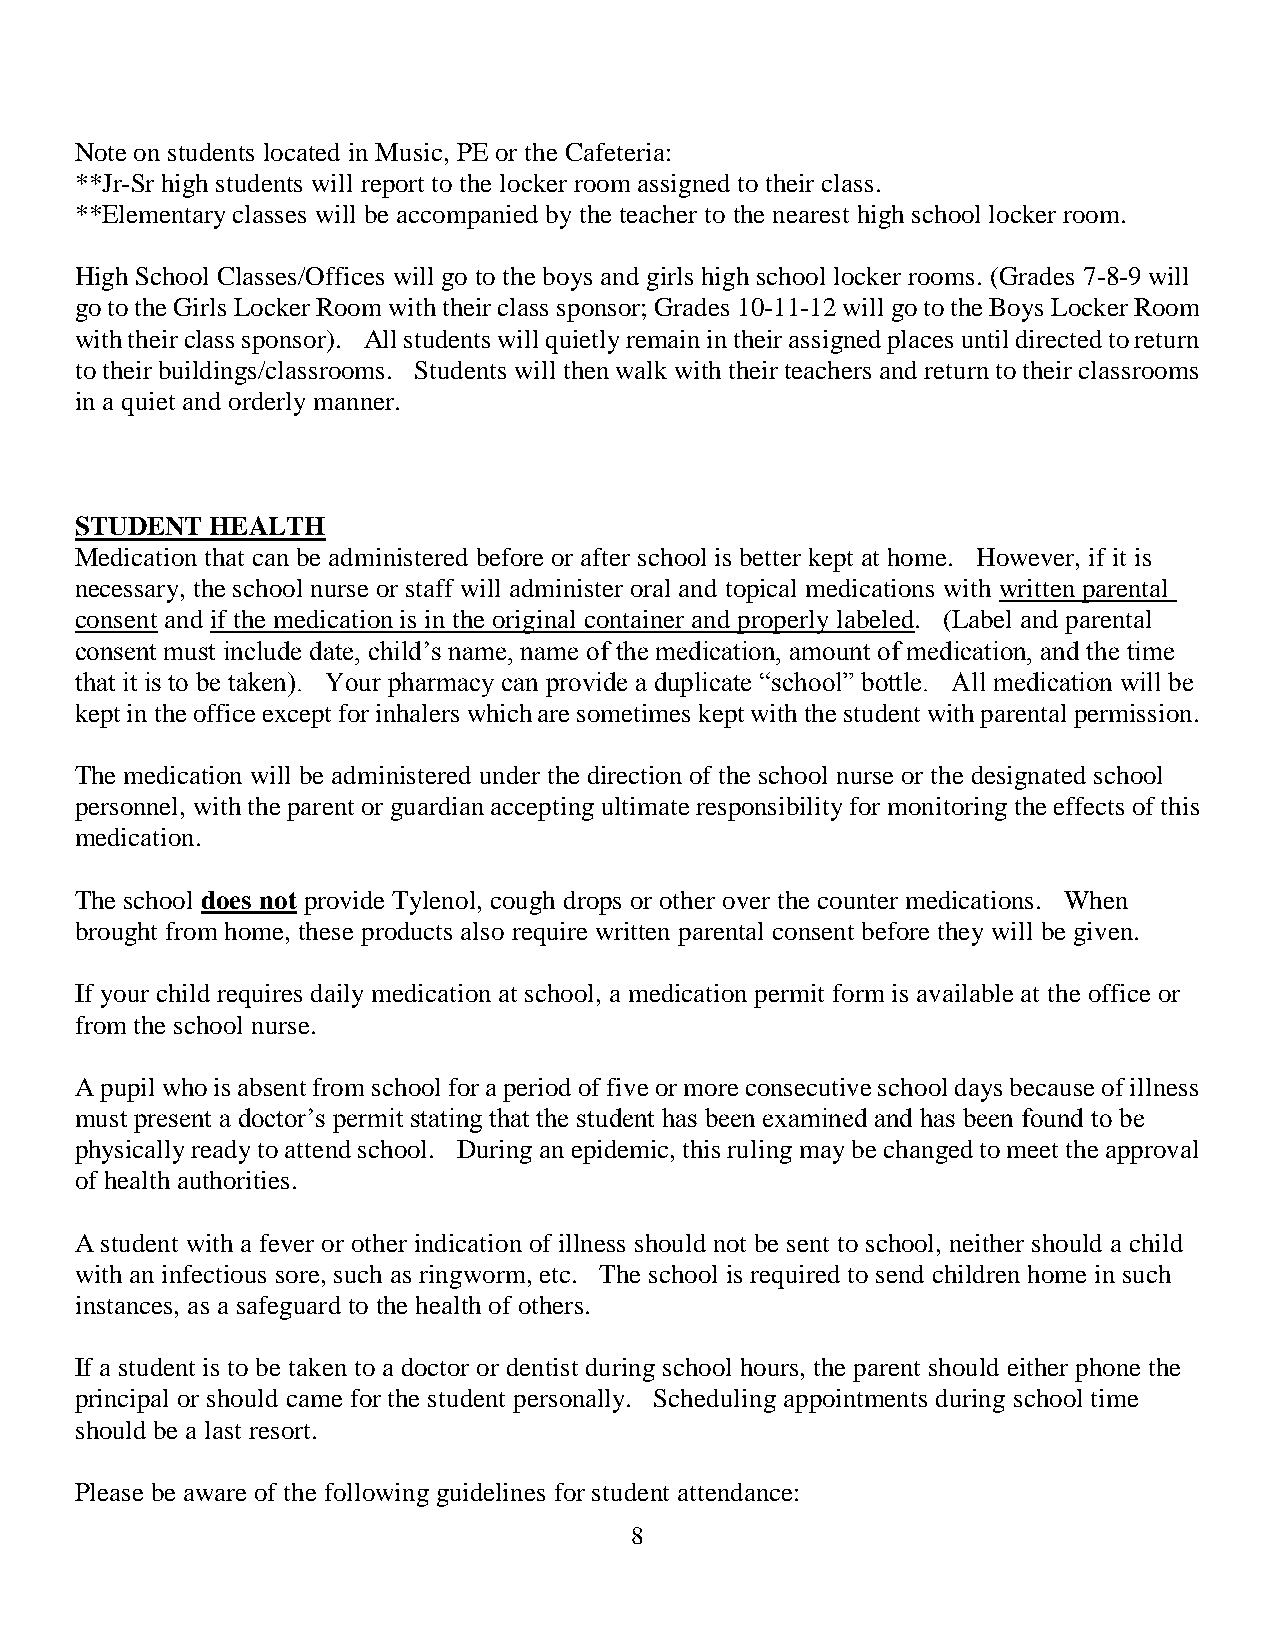
Note on students located in Music, PE or the Cafeteria:
 **Jr-Sr high students will report to the locker room assigned to their class.
 **Elementary classes will be accompanied by the teacher to the nearest high school locker room.
 High School Classes/Offices will go to the boys and girls high school locker rooms. (Grades 7-8-9 will
 go to the Girls Locker Room with their class sponsor; Grades 10-11-12 will go to the Boys Locker Room
 with their class sponsor). All students will quietly remain in their assigned places until directed to return
 to their buildings/classrooms. Students will then walk with their teachers and return to their classrooms
 in a quiet and orderly manner.
 STUDENT  HEALTH
 Medication that can be administered before or after school is better kept at home. However, if it is
 necessary, the school nurse or staff will administer oral and topical medications with written parental
 consent and if the medication is in the original container and properly labeled. (Label and parental
 consent must include date, child’s name, name of the medication, amount of medication, and the time
 that it is to be taken). Your pharmacy can provide a duplicate “school” bottle. All medication will be
 kept in the office except for inhalers which are sometimes kept with the student with parental permission.
 The medication will be administered under the direction of the school nurse or the designated school
 personnel, with the parent or guardian accepting ultimate responsibility for monitoring the effects of this
 medication.
 The school does not provide Tylenol, cough drops or other over the counter medications. When
 brought from home, these products also require written parental consent before they will be given.
 If your child requires daily medication at school, a medication permit form is available at the office or
 from the school nurse.
 A pupil who is absent from school for a period of five or more consecutive school days because of illness
 must present a doctor’s permit stating that the student has been examined and has been found to be
 physically ready to attend school. During an epidemic, this ruling may be changed to meet the approval
 of health authorities.
 A student with a fever or other indication of illness should not be sent to school, neither should a child
 with an infectious sore, such as ringworm, etc. The school is required to send children home in such
 instances, as a safeguard to the health of others.
 If a student is to be taken to a doctor or dentist during school hours, the parent should either phone the
 principal or should came for the student personally. Scheduling appointments during school time
 should be a last resort.
 Please be aware of the following guidelines for student attendance:
 8